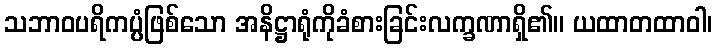
သဘာဝပရိကပ္ပံဖြစ်သော အနိဋ္ဌာရုံကိုခံစားခြင်းလက္ခဏာရှိ၏။ ယထာတထာဝါ၊